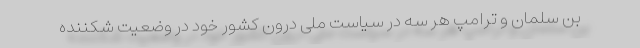
بن سلمان و ترامپ هر سه در سیاست ملی درون کشور خود در وضعیت شکننده